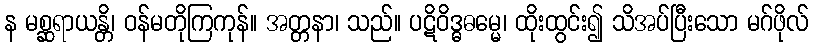
န မစ္ဆရာယန္တိ၊ ဝန်မတိုကြကုန်။ အတ္တနာ၊ သည်။ ပဋိဝိဒ္ဓဓမ္မေ၊ ထိုးထွင်း၍ သိအပ်ပြီးသော မဂ်ဖိုလ်